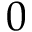
0